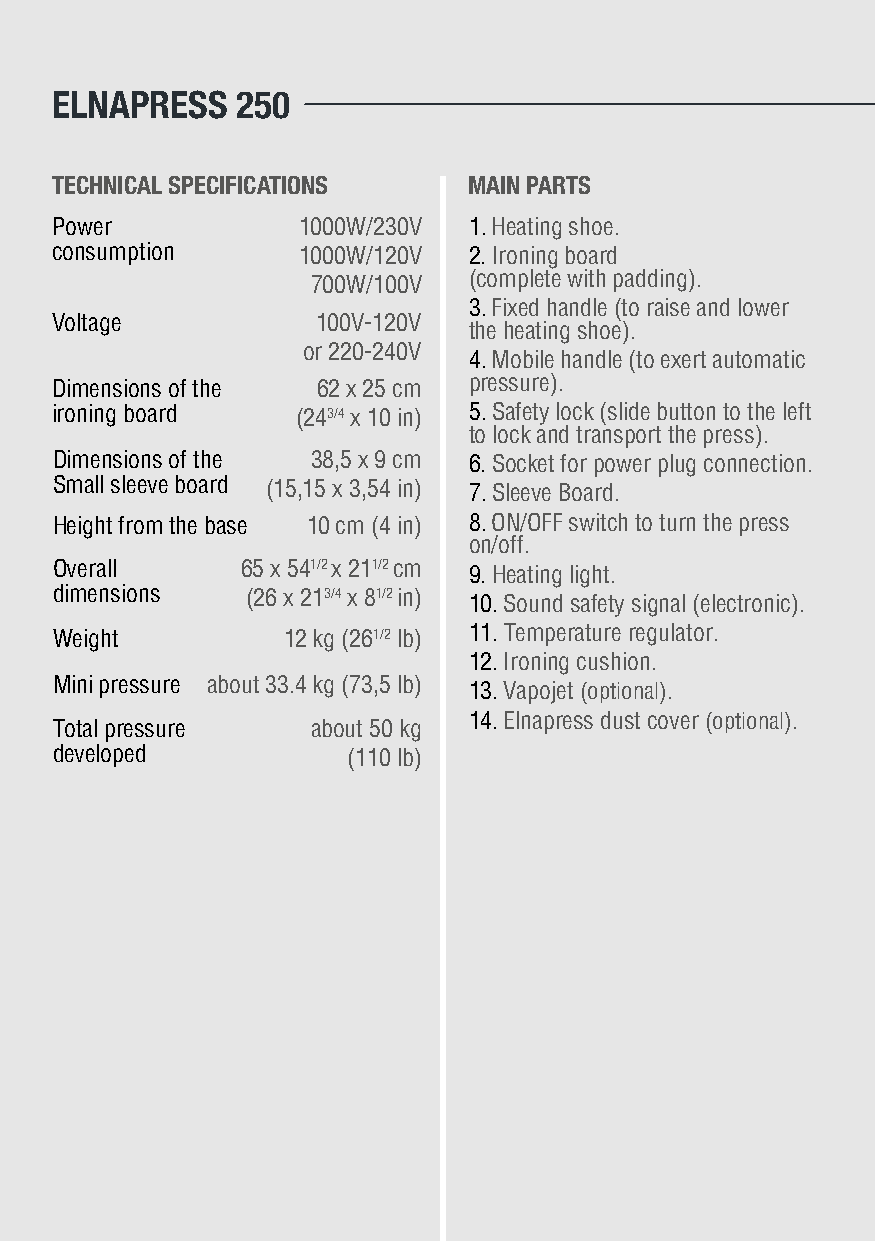
ELNAPRESS    250
 TECHNICAL SPECIFICATIONS    MAIN PARTS
 Power            1000W/230V 1. Heating shoe.
 consumption      1000W/120V 2. Ironing board
 (complete with padding).
 700W/100V
 3. Fixed handle (to raise and lower
 Voltage           100V-120V
 the heating shoe).
 or 220-240V
 4. Mobile handle (to exert automatic
 Dimensions of the 62 x 25 cm pressure).
 ironing board    (243/4 x 10 in) 5. Safety lock (slide button to the left
 to lock and transport the press).
 Dimensions of the 38,5 x 9 cm 6. Socket for power plug connection.
 Small sleeve board (15,15 x 3,54 in) 7. Sleeve Board.
 Height from the base 10 cm (4 in) 8. ON/OFF switch to turn the press
 on/off.
 Overall      65 x 541/2 x 211/2 cm 9. Heating light.
 dimensions   (26 x 213/4 x 81/2 in) 10. Sound safety signal (electronic).
 Weight          12 kg (261/2 lb) 11. Temperature regulator.
 12. Ironing cushion.
 Mini pressure a b out 33.4 kg (73,5 lb)
 13. Vapojet (optional).
 14. Elnapress dust cover (optional).
 Total pressure    about 50 kg
 developed           (110 lb)
 10